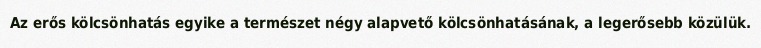
Az erős kölcsönhatás egyike a természet négy alapvető kölcsönhatásának, a legerősebb közülük.